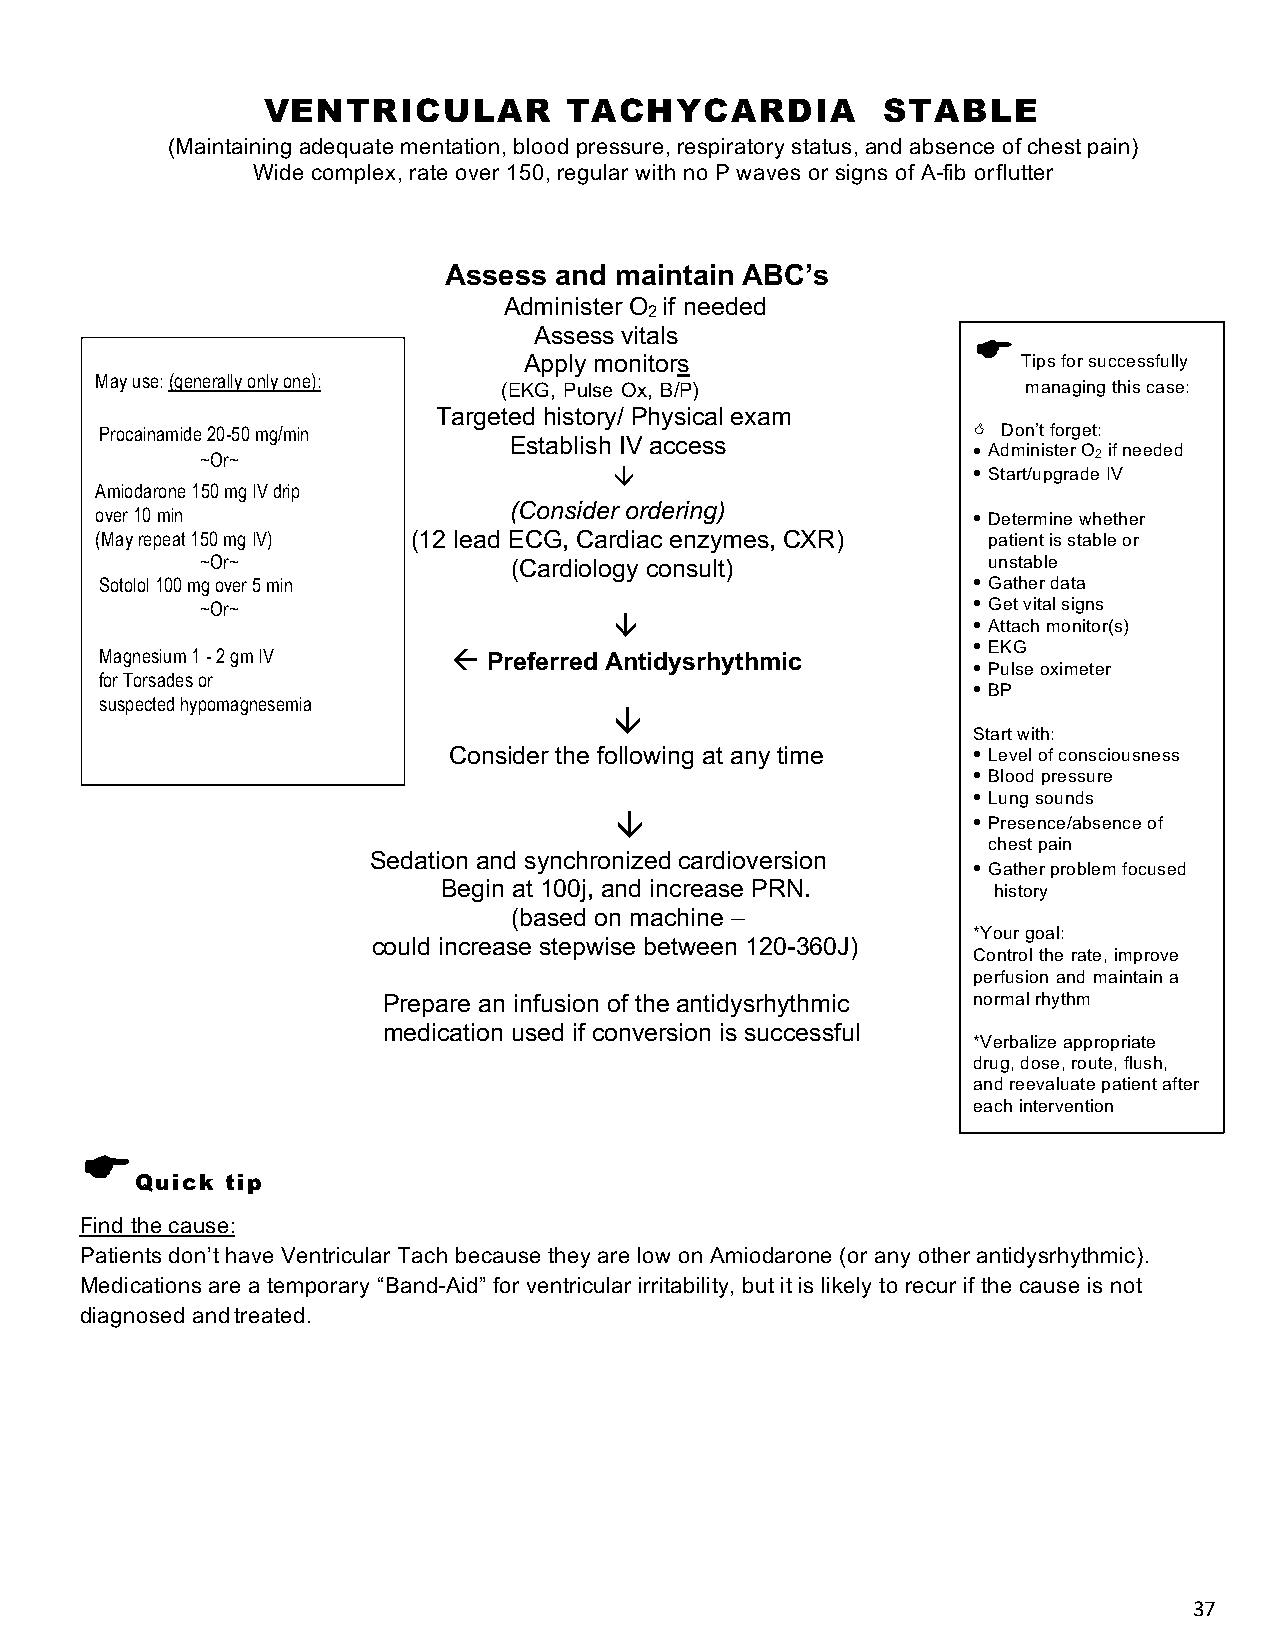
VENTRICULAR         TACHYCARDIA          STABLE
 (Maintaining adequate mentation, blood pressure, respiratory status, and absence of chest pain)
 Wide complex, rate over 150, regular with no P waves or signs of A-fib or flutter
 Assess  and maintain ABC’s
 Administer O if needed
 2
 Assess vitals
 E
 Apply monitors                   Tips for successfully
 May use: (generally only one):
 (EKG, Pulse Ox, B/P)               managing this case:
 Targeted history/ Physical exam
 Procainamide 20-50 mg/min                                < Don’t forget:
 Establish IV access
 ~Or~
 • Administer O2 if needed
 â                      • Start/upgrade IV
 Amiodarone 150 mg IV drip
 (Consider ordering)
 over 10 min                                               • Determine whether
 (May repeat 150 mg IV) (12 lead ECG, Cardiac enzymes, CXR) patient is stable or
 ~Or~                 (Cardiology consult)           unstable
 Sotolol 100 mg over 5 min                                • Gather data
 ~Or~                                               • Get vital signs
 â                      • Attach monitor(s)
 • EKG
 Magnesium 1 - 2 gm IV  ß Preferred Antidysrhythmic
 • Pulse oximeter
 for Torsades or
 • BP
 suspected hypomagnesemia
 â
 Start with:
 Consider the following at any time • Level of consciousness
 • Blood pressure
 • Lung sounds
 â                      • Presence/absence of
 chest pain
 Sedation and synchronized cardioversion
 • Gather problem focused
 Begin at 100j, and increase PRN.     history
 (based on machine –
 *Your goal:
 could increase stepwise between 120-360J)
 Control the rate, improve
 perfusion and maintain a
 Prepare an infusion of the antidysrhythmic normal rhythm
 medication used if conversion is successful
 *Verbalize appropriate
 drug, dose, route, flush,
 and reevaluate patient after
 each intervention
 E
 Quick tip
 Find the cause:
 Patients don’t have Ventricular Tach because they are low on Amiodarone (or any other antidysrhythmic).
 Medications are a temporary “Band-Aid” for ventricular irritability, but it is likely to recur if the cause is not
 diagnosed and treated.
 37